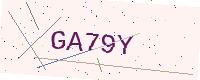
Text: GA79Y